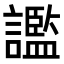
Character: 𧭗